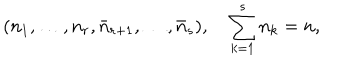
( n _ { 1 } , \ldots , n _ { r } , \bar { n } _ { r + 1 } , \ldots , \bar { n } _ { s } ) , \quad \sum _ { k = 1 } ^ { s } n _ { k } = n ,